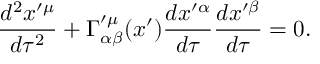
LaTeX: \frac { d ^ { 2 } x ^ { \prime \mu } } { d \tau ^ { 2 } } + \Gamma _ { \alpha \beta } ^ { \prime \mu } ( x ^ { \prime } ) \frac { d x ^ { \prime \alpha } } { d \tau } \frac { d x ^ { \prime \beta } } { d \tau } = 0 .